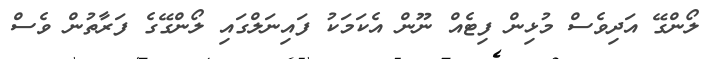
ލޯންގޭ އަދިވެސް މުޅިން ފިޓެއް ނޫން އެކަމަކު ފައިނަލްގައި ލޯންގޭގެ ފަރާތުން ވެސް